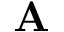
\textbf { A }